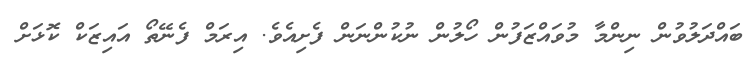
ބައްދަލުވުން ނިންމާ މުވައްޒަފުން ހޯލުން ނުކުންނަން ފެށިއެވެ. އިރަމް ފެނޭތޯ އައިޒަކް ކޮޅަށް